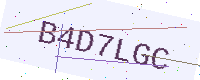
Text: B4D7LGC